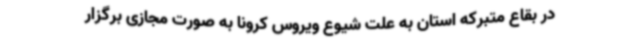
در بقاع متبرکه استان به علت شیوع ویروس کرونا به صورت مجازی برگزار